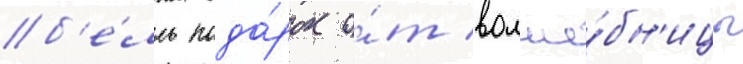
б'е́лль пода́рок о́т волше́бн'ицы